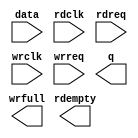
// megafunction wizard: %FIFO%VBB%
// GENERATION: STANDARD
// VERSION: WM1.0
// MODULE: dcfifo 

// ============================================================
// Megafunction Name(s):
// 			dcfifo
//
// Simulation Library Files(s):
// 			altera_mf
// ============================================================
// ************************************************************
// THIS IS A WIZARD-GENERATED FILE. DO NOT EDIT THIS FILE!
//
// 11.0 Build 157 04/27/2011 SJ Full Version
// ************************************************************

//Copyright (C) 1991-2011 Altera Corporation
//Your use of Altera Corporation's design tools, logic functions 
//and other software and tools, and its AMPP partner logic 
//functions, and any output files from any of the foregoing 
//(including device programming or simulation files), and any 
//associated documentation or information are expressly subject 
//to the terms and conditions of the Altera Program License 
//Subscription Agreement, Altera MegaCore Function License 
//Agreement, or other applicable license agreement, including, 
//without limitation, that your use is for the sole purpose of 
//programming logic devices manufactured by Altera and sold by 
//Altera or its authorized distributors.  Please refer to the 
//applicable agreement for further details.

module fifo (
	data,
	rdclk,
	rdreq,
	wrclk,
	wrreq,
	q,
	rdempty,
	wrfull);

	input	[17:0]  data;
	input	  rdclk;
	input	  rdreq;
	input	  wrclk;
	input	  wrreq;
	output	[17:0]  q;
	output	  rdempty;
	output	  wrfull;

endmodule

// ============================================================
// CNX file retrieval info
// ============================================================
// Retrieval info: PRIVATE: AlmostEmpty NUMERIC "0"
// Retrieval info: PRIVATE: AlmostEmptyThr NUMERIC "-1"
// Retrieval info: PRIVATE: AlmostFull NUMERIC "0"
// Retrieval info: PRIVATE: AlmostFullThr NUMERIC "-1"
// Retrieval info: PRIVATE: CLOCKS_ARE_SYNCHRONIZED NUMERIC "0"
// Retrieval info: PRIVATE: Clock NUMERIC "4"
// Retrieval info: PRIVATE: Depth NUMERIC "512"
// Retrieval info: PRIVATE: Empty NUMERIC "1"
// Retrieval info: PRIVATE: Full NUMERIC "1"
// Retrieval info: PRIVATE: INTENDED_DEVICE_FAMILY STRING "Cyclone II"
// Retrieval info: PRIVATE: LE_BasedFIFO NUMERIC "0"
// Retrieval info: PRIVATE: LegacyRREQ NUMERIC "1"
// Retrieval info: PRIVATE: MAX_DEPTH_BY_9 NUMERIC "0"
// Retrieval info: PRIVATE: OVERFLOW_CHECKING NUMERIC "0"
// Retrieval info: PRIVATE: Optimize NUMERIC "2"
// Retrieval info: PRIVATE: RAM_BLOCK_TYPE NUMERIC "0"
// Retrieval info: PRIVATE: SYNTH_WRAPPER_GEN_POSTFIX STRING "0"
// Retrieval info: PRIVATE: UNDERFLOW_CHECKING NUMERIC "0"
// Retrieval info: PRIVATE: UsedW NUMERIC "1"
// Retrieval info: PRIVATE: Width NUMERIC "18"
// Retrieval info: PRIVATE: dc_aclr NUMERIC "0"
// Retrieval info: PRIVATE: diff_widths NUMERIC "0"
// Retrieval info: PRIVATE: msb_usedw NUMERIC "0"
// Retrieval info: PRIVATE: output_width NUMERIC "18"
// Retrieval info: PRIVATE: rsEmpty NUMERIC "1"
// Retrieval info: PRIVATE: rsFull NUMERIC "0"
// Retrieval info: PRIVATE: rsUsedW NUMERIC "0"
// Retrieval info: PRIVATE: sc_aclr NUMERIC "0"
// Retrieval info: PRIVATE: sc_sclr NUMERIC "0"
// Retrieval info: PRIVATE: wsEmpty NUMERIC "0"
// Retrieval info: PRIVATE: wsFull NUMERIC "1"
// Retrieval info: PRIVATE: wsUsedW NUMERIC "0"
// Retrieval info: LIBRARY: altera_mf altera_mf.altera_mf_components.all
// Retrieval info: CONSTANT: INTENDED_DEVICE_FAMILY STRING "Cyclone II"
// Retrieval info: CONSTANT: LPM_HINT STRING "MAXIMIZE_SPEED=5,"
// Retrieval info: CONSTANT: LPM_NUMWORDS NUMERIC "512"
// Retrieval info: CONSTANT: LPM_SHOWAHEAD STRING "OFF"
// Retrieval info: CONSTANT: LPM_TYPE STRING "dcfifo"
// Retrieval info: CONSTANT: LPM_WIDTH NUMERIC "18"
// Retrieval info: CONSTANT: LPM_WIDTHU NUMERIC "9"
// Retrieval info: CONSTANT: OVERFLOW_CHECKING STRING "ON"
// Retrieval info: CONSTANT: RDSYNC_DELAYPIPE NUMERIC "4"
// Retrieval info: CONSTANT: UNDERFLOW_CHECKING STRING "ON"
// Retrieval info: CONSTANT: USE_EAB STRING "ON"
// Retrieval info: CONSTANT: WRSYNC_DELAYPIPE NUMERIC "4"
// Retrieval info: USED_PORT: data 0 0 18 0 INPUT NODEFVAL "data[17..0]"
// Retrieval info: USED_PORT: q 0 0 18 0 OUTPUT NODEFVAL "q[17..0]"
// Retrieval info: USED_PORT: rdclk 0 0 0 0 INPUT NODEFVAL "rdclk"
// Retrieval info: USED_PORT: rdempty 0 0 0 0 OUTPUT NODEFVAL "rdempty"
// Retrieval info: USED_PORT: rdreq 0 0 0 0 INPUT NODEFVAL "rdreq"
// Retrieval info: USED_PORT: wrclk 0 0 0 0 INPUT NODEFVAL "wrclk"
// Retrieval info: USED_PORT: wrfull 0 0 0 0 OUTPUT NODEFVAL "wrfull"
// Retrieval info: USED_PORT: wrreq 0 0 0 0 INPUT NODEFVAL "wrreq"
// Retrieval info: CONNECT: @data 0 0 18 0 data 0 0 18 0
// Retrieval info: CONNECT: @rdclk 0 0 0 0 rdclk 0 0 0 0
// Retrieval info: CONNECT: @rdreq 0 0 0 0 rdreq 0 0 0 0
// Retrieval info: CONNECT: @wrclk 0 0 0 0 wrclk 0 0 0 0
// Retrieval info: CONNECT: @wrreq 0 0 0 0 wrreq 0 0 0 0
// Retrieval info: CONNECT: q 0 0 18 0 @q 0 0 18 0
// Retrieval info: CONNECT: rdempty 0 0 0 0 @rdempty 0 0 0 0
// Retrieval info: CONNECT: wrfull 0 0 0 0 @wrfull 0 0 0 0
// Retrieval info: GEN_FILE: TYPE_NORMAL fifo.v TRUE
// Retrieval info: GEN_FILE: TYPE_NORMAL fifo.inc FALSE
// Retrieval info: GEN_FILE: TYPE_NORMAL fifo.cmp FALSE
// Retrieval info: GEN_FILE: TYPE_NORMAL fifo.bsf FALSE
// Retrieval info: GEN_FILE: TYPE_NORMAL fifo_inst.v TRUE
// Retrieval info: GEN_FILE: TYPE_NORMAL fifo_bb.v TRUE
// Retrieval info: LIB_FILE: altera_mf